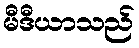
မီဒီယာသည်